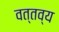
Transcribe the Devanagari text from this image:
वत्तव्य